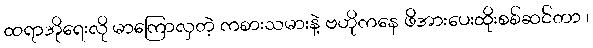
ထရာအိုရေးလို မာကြောလှတဲ့ ကစားသမားနဲ့ ဗဟိုကနေ ဖိအားပေးထိုးစစ်ဆင်တာ ၊